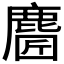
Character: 𪊼